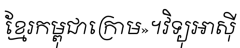
ខ្មែរកម្ពុជាក្រោម»។វិទ្យុអាស៊ី